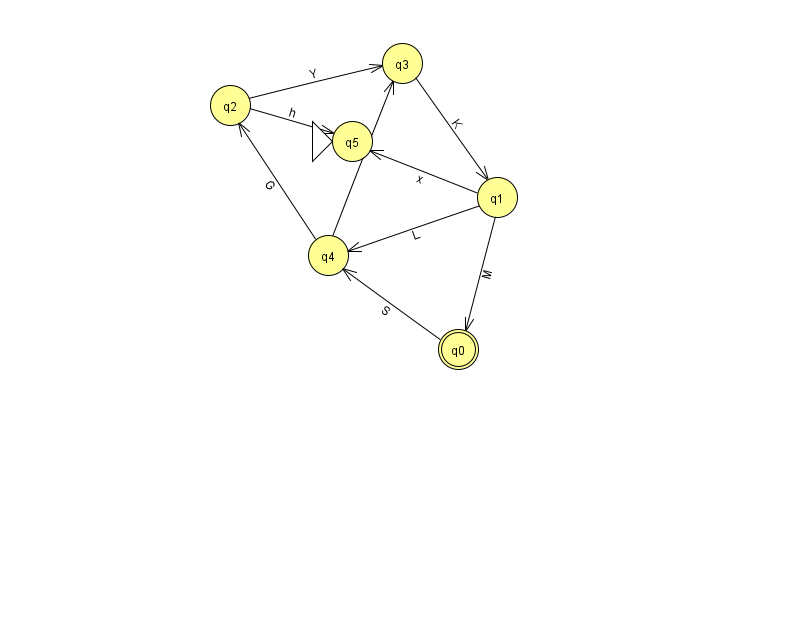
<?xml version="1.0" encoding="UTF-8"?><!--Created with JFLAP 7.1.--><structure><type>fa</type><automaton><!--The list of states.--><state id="0" name="q0"><x>458.0</x><y>336.0</y><final/></state><state id="1" name="q1"><x>497.0</x><y>184.0</y></state><state id="2" name="q2"><x>230.0</x><y>92.0</y></state><state id="3" name="q3"><x>402.0</x><y>50.0</y></state><state id="4" name="q4"><x>328.0</x><y>242.0</y></state><state id="5" name="q5"><x>352.0</x><y>128.0</y><initial/></state><!--The list of transitions.--><transition><from>2</from><to>3</to><read>Y</read></transition><transition><from>1</from><to>0</to><read>M</read></transition><transition><from>3</from><to>1</to><read>K</read></transition><transition><from>4</from><to>2</to><read>G</read></transition><transition><from>4</from><to>3</to><read>O</read></transition><transition><from>0</from><to>4</to><read>S</read></transition><transition><from>1</from><to>4</to><read>L</read></transition><transition><from>1</from><to>5</to><read>x</read></transition><transition><from>2</from><to>5</to><read>h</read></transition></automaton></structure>